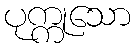
ပုက္ကုသော